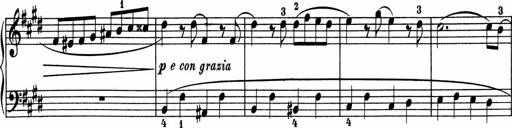
Title: 5 Sonatinen fÃ¼r die Jugend
Composer: Carl Reinecke